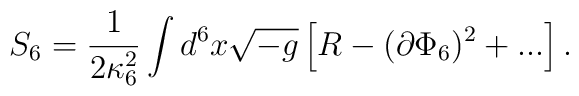
S_{6} = \frac{1}{2 \kappa_{6}^2} \int d^6x  \sqrt{-g} \left [ R - (\partial  \Phi_6)^2 + ... \right].